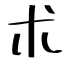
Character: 朮